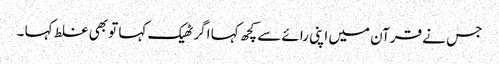
جس نے قرآن میں اپنی رائے سے کچھ کہا اگر ٹھیک کہا تو بھی غلط کہا ۔